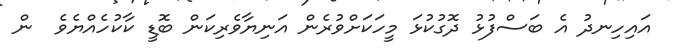
އައިހިނދު އެ ބަސްފުޅު ދޮގުކުޅަ މީހަކަށްވުރެން އަނިޔާވެރިކަން ބޮޑީ ކާކުހެއްޔެވެ  ން